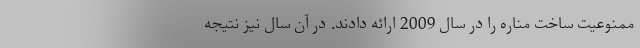
ممنوعیت ساخت مناره را در سال 2009 ارائه دادند. در آن سال نیز نتیجه